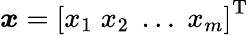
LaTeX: {\boldsymbol{x}}={\left[\begin{array}{l}{x_{1}\; x_{2}\; \dots\; x_{m}}\end{array}\right]}^{\mathrm{{T}}}